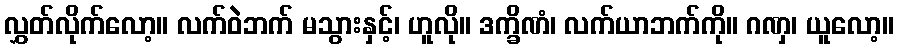
လွှတ်လိုက်လော့။ လက်ဝဲဘက် မသွားနှင့်၊ ဟူလို။ ဒက္ခိဏံ၊ လက်ယာဘက်ကို။ ဂဏှ၊ ယူလော့။